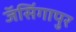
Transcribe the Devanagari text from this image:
जॅसिंगापुर